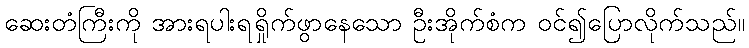
ဆေးတံကြီးကို အားရပါးရရှိုက်ဖွာနေသော ဦးအိုက်စံက ဝင်၍ပြောလိုက်သည်။